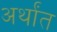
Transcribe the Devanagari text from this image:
अर्थांत